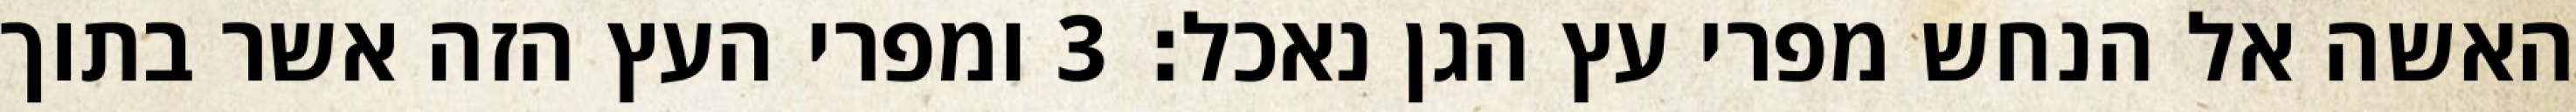
האשה אל הנחש מפרי עץ הגן נאכל׃ ‎3‏ ומפרי העץ הזה אשר בתוך